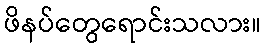
ဖိနပ်တွေရောင်းသလား။